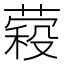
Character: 𮐱